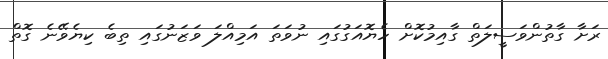
ރަށާ ގާތުންވަސީލަތް ގާއިމުކޮށް ހެޔޮއަގުގައި ނުވަތަ އަމިއްލަ ވަޒަނުގައި ތިބެ ކިޔެވޭނެ ގޮތް